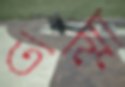
তন্মা